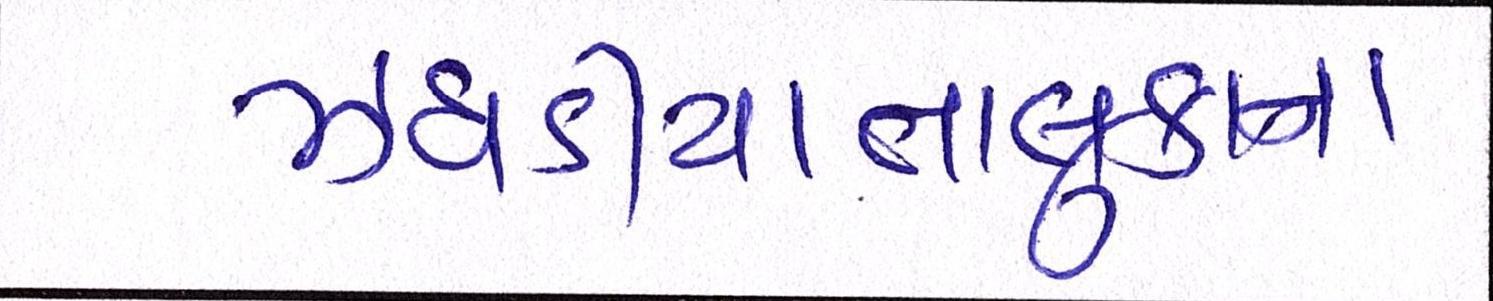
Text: ઝઘડીયાતાલુકાના